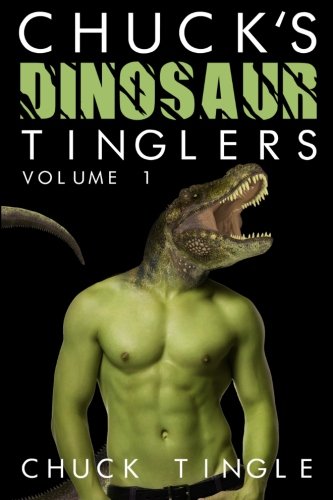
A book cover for Chuck's Dinosaur Tinglers: Volume 1; Dr. Chuck Tingle; Romance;